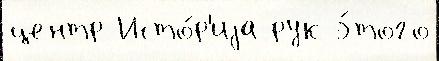
центр Исто́р'иjа рук э́того